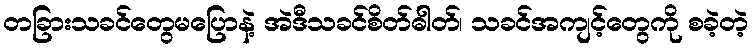
တခြားသခင်တွေမပြောနဲ့ အဲဒီသခင်စိတ်ဓါတ်၊ သခင်အကျင့်တွေကို စခဲ့တဲ့